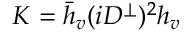
{ \cal K } = \bar { h } _ { v } ( i D ^ { \perp } ) ^ { 2 } h _ { v }